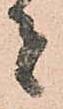
者